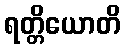
ရတ္တိယောတိ